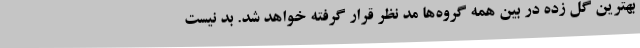
بهترین گل زده در بین همه گروه‌ها مد نظر قرار گرفته خواهد شد. بد نیست